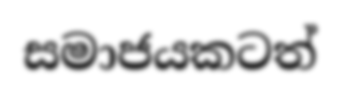
සමාජයකටත්